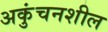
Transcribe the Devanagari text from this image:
अकुंचनशील